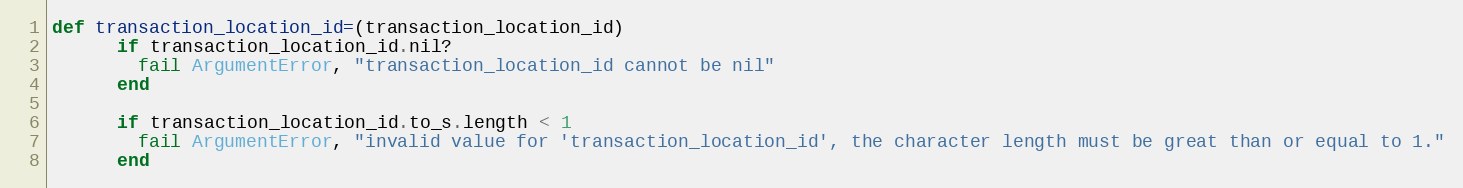
Language: Ruby
def transaction_location_id=(transaction_location_id)
      if transaction_location_id.nil?
        fail ArgumentError, "transaction_location_id cannot be nil"
      end

      if transaction_location_id.to_s.length < 1
        fail ArgumentError, "invalid value for 'transaction_location_id', the character length must be great than or equal to 1."
      end